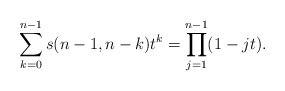
\begin{gather*}\sum_{k=0}^{n-1} s(n-1,n-k) t^k= \prod_{j=1}^{n-1} (1-j t).\end{gather*}